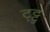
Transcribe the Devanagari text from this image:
ट्ट्टु